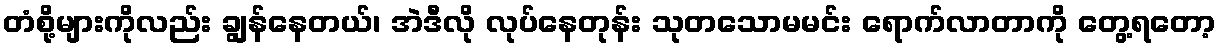
တံစို့များကိုလည်း ချွန်နေတယ်၊ အဲဒီလို လုပ်နေတုန်း သုတသောမမင်း ရောက်လာတာကို တွေ့ရတော့